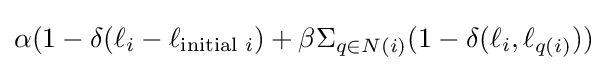
\alpha (1-\delta (\ell _{i}-\ell _{{\text{initial }}i})+\beta \Sigma _{q\in N(i)}(1-\delta (\ell _{i},\ell _{q(i)}))